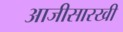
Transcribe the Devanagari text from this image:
आजीसारखी